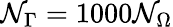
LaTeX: \mathcal{N}_{\Gamma}=1000\mathcal{N}_{\Omega}